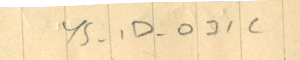
YS-1D- 071c